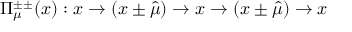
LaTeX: \Pi _ { \mu } ^ { \pm \pm } ( x ) : x \rightarrow ( x \pm \hat { \mu } ) \rightarrow x \rightarrow ( x \pm \hat { \mu } ) \rightarrow x